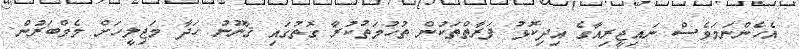
އެހެންނަމަވެސް ނައިޖީރިއާގެ އިދިކޮޅު ފަރާތްތަކުން ތުހުމަތުކުރާ ގޮތުގައި ޤާނޫނު ހަދާ މަޖިލީހަށް މެމްބަރުން